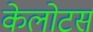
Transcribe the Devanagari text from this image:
केलोटस